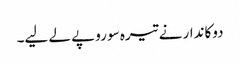
دوکاندار نے تیرہ سو روپے لے لیے۔